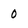
Character: 0